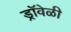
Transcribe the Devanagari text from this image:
ड्रॉवेळी